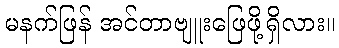
မနက်ဖြန် အင်တာဗျူးဖြေဖို့ရှိလား။